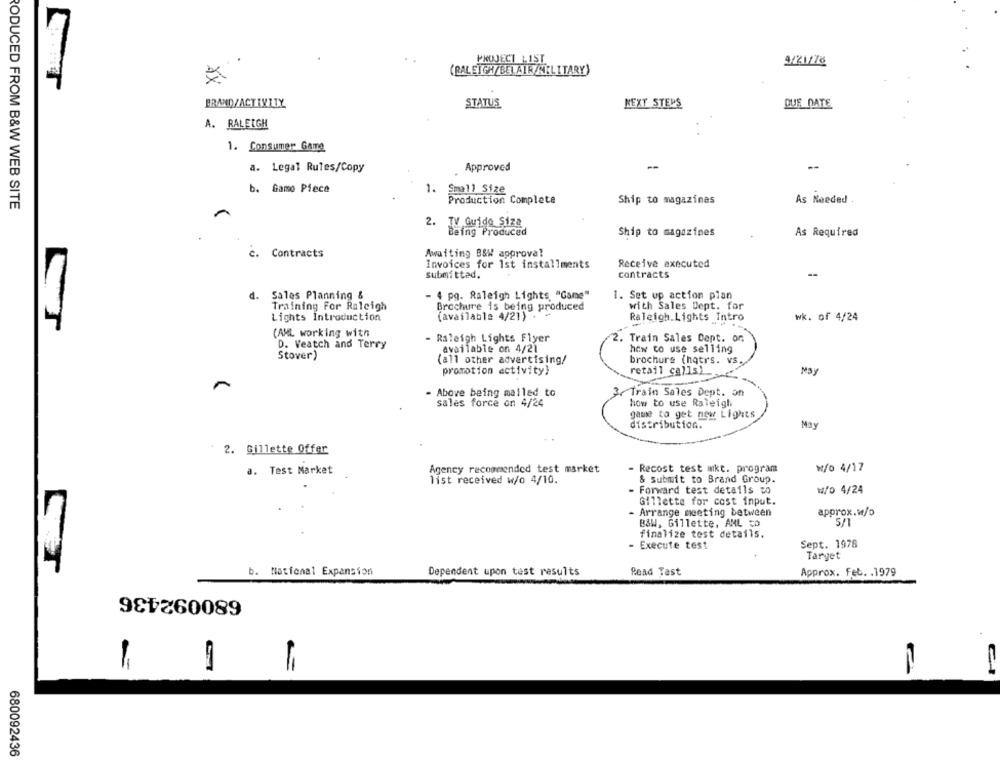
PROJECT LIST
4/21/78
(RALEIGH/BELAIR /MILITARY)
BRAND/ACTIVITY
STATUS
NEXT STEPS
DUE DATE
A. RALEIGH
1. Consumer Game
a. Legal Rules/Copy
Approved
--
b. Game Piece
1. Small Size
RODUCED FROM B&W WEB SITE
Production Complete
Ship to magazinas
As Needed
2. TV Guido Siza
Being Produced
Ship to magazines
As Required
c. Contracts
Awaiting B&W approval
Invoices for 1st installments
Receive executed
submitted.
contracts
--
Sales Planning &
- 4 pg. Raleigh Lights "Game"
1. Set up action plan
with Sales Dept. for
Training For Raleigh
Brochure is being produced
Lights Introduction
(available 4/21) .
Raleigh.Lights Intro
wk. of 4/24
(AML working with
- Raleigh Lights Flyer
2.
Train Sales Dept. or
D. Veatch and Terry
available on 4/21
how to use selling
Stover)
(all other advertising/
brochure (hqtrs. vs.
promotion activity}
retail calls).
May
- Above being mailed to
Train Sales Dept. of
sales force on 4/24
how to use Raleigh
game to get new Lights
distribution.
May
2. Gillette Offer
a. Test Market
Agency recommended test market
- Recost test mkt. program
W/o 4/17
list received w/o 4/10.
& Submit to Brand Group.
- Forward test details to
₩/0 4/24
Gillette for cost input.
- Arrange meeting between
approx.w/o
B&W, Gillette, AML CO
5/1
finalize test details.
- Execute test
Sept. 1978
Target
Read Tast
National Expansion
Dependent upon test results
Approx. Feb. . 1979
680092436
11
680092436